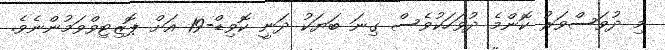
މި ދުވަސްވަރު ކޮންމެ ދުވަހަކުވެސް ގިނަ ބަޔަކު ދަނީ ކޮވިޑް-19 އަށް ޕޮޒިޓިވްވަމުންނެވެ.